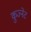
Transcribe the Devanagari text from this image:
कुज्नेट